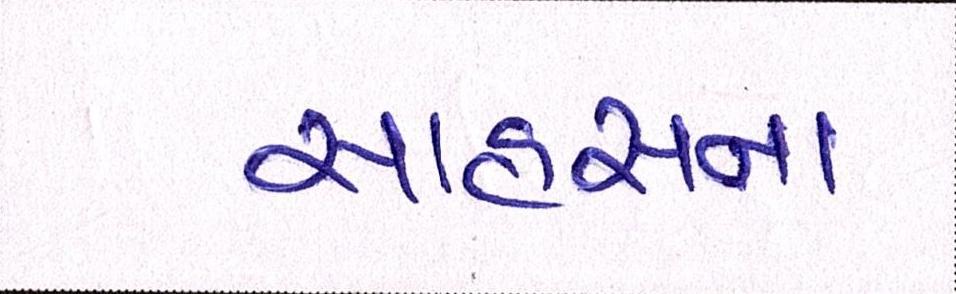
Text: સાહસના